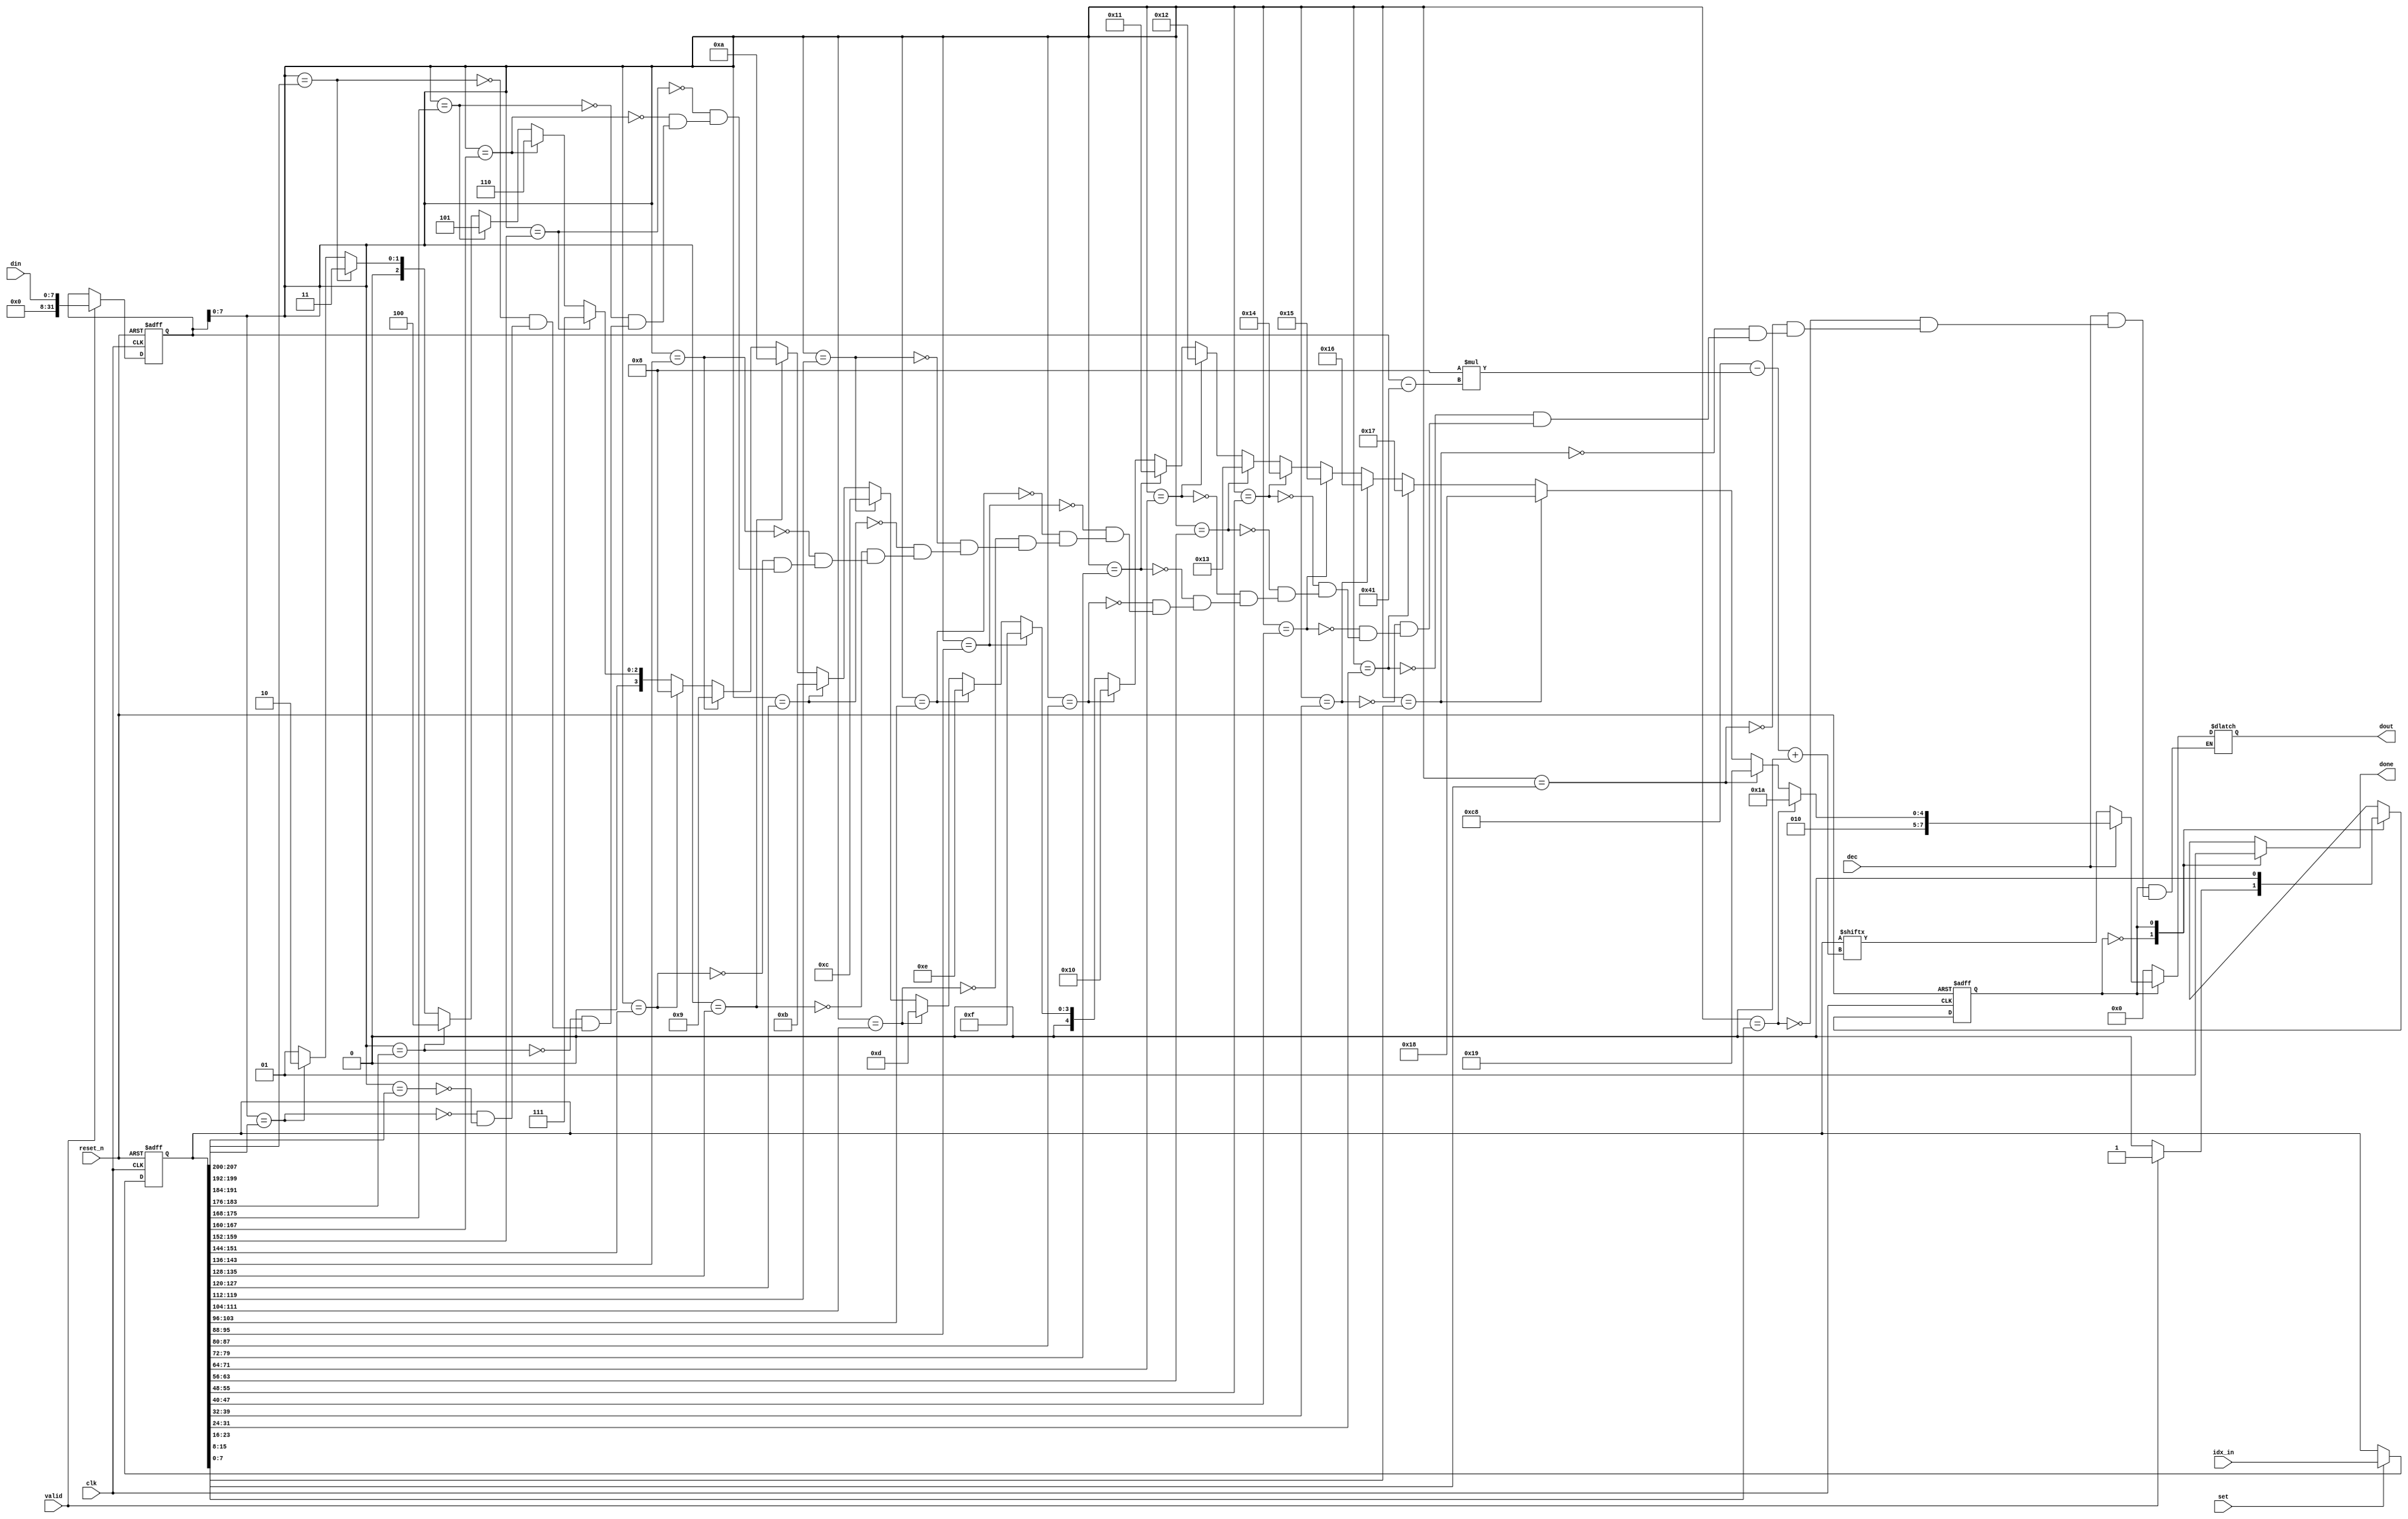
//reflector.v
`timescale 1ns / 1ps

module reflector(
    input clk,
    input reset_n,
    input set,
    input [207:0] idx_in,
    input valid,
    input[7:0] din,
    input dec,
    output reg [7:0] dout,
    output reg done
);
    reg [207:0] Idx_in;
    reg [31:0] Din;

    integer i;
    reg cur, nxt;
    //S0 : none, S1 : output
    localparam S0=1'b0, S1=1'b1;

    //setting
    always @(posedge clk or negedge reset_n) begin
        if(reset_n == 0) begin
            Idx_in <= {208{1'b0}};
            Din <= {32{1'b0}};
        end
        else begin
            if(set == 1) Idx_in <= idx_in;
            if(valid == 1) Din <= din;
        end
    end

    //state transition
    always @(posedge clk or negedge reset_n) begin
        if(reset_n == 0) cur <= S0;
        else cur <= nxt;
    end

    //decide next state
    always @(*) begin
        case(cur)

            S0 : begin
                if(valid) nxt <= S1;
                else nxt <= S0;
            end

            S1 : begin
                nxt <= S0;
            end

            default : ;
        endcase
    end

    //Moore output
    always @(*) begin
        case(cur)

            S0 : begin
                done <= 0;
                dout <= 8'b00000000;
            end

            S1 : begin
                done <= 1;
                if(dec == 0) begin
                    dout <= Idx_in[200 - (8*(Din-65)) +: 8];
                end
                else begin
                    for(i = 0; i < 26; i = i+1) begin
                        if(Din[7:0] == Idx_in[200 - (8*i) +: 8]) begin
                            dout <= 65 + i;
                        end
                    end
				end
            end

            default : ;
        endcase
    end

endmodule